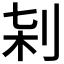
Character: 𠜀